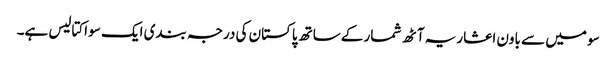
سو میں سے باون اعشاریہ آٹھ شمار کےساتھ پاکستان کی درجہ بندی ایک سو اکتالیس ہے۔